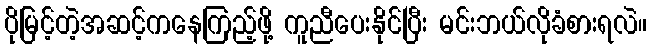
ပိုမြင့်တဲ့အဆင့်ကနေကြည့်ဖို့ ကူညီပေးနိုင်ပြီး မင်းဘယ်လိုခံစားရလဲ။